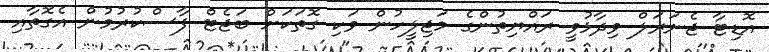
އޮޑިޓާ ޖެނަރަލް ވިދާޅުވީ ރައްޔިތުންގެ މަޖިލީހުން ވަކި ގޮތަކަށް ބަޖެޓް ފާސްކުރުމުން އެގޮތާއި